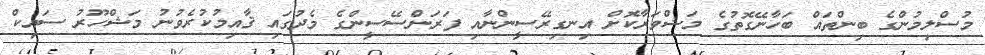
މުސްލިމުންގެ ބިންތައް ބަހާނޭގޮތުގެ މަޝްވަރާކޮށް އިނގިރޭސީންނާއި ފަރަންސޭސީންގެ މެދުގައި ޤާއިމުކުރެވުނު މަޝްހޫރު ސައިކް